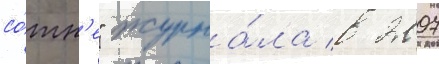
со́тн'е" журна́ла в 2007